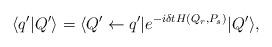
LaTeX: \begin{align*}\langle q'|Q'\rangle = \langle Q' \leftarrow q'|e^{-i\delta t H(Q_r,P_s)}|Q'\rangle,\end{align*}